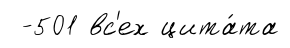
-501 вс'ех цита́та